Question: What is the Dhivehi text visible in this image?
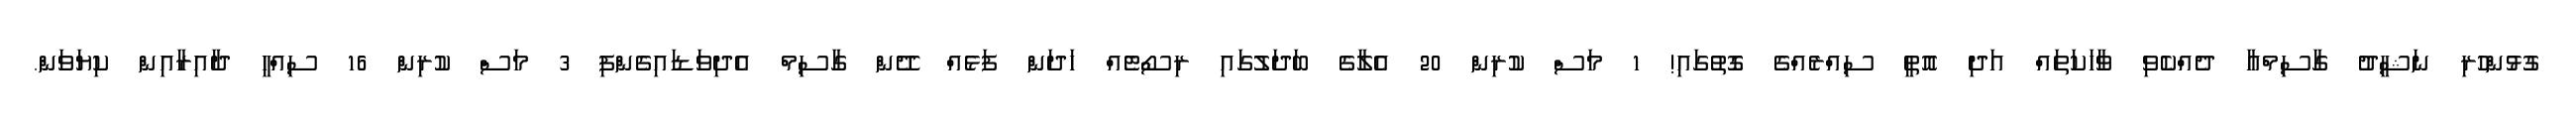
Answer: ގުޅުންހުރި ނަޝީދު ގާސިމްއާ ދެއްކެވި ވާހަކަތައް އަދި އޮތީ ސިއްރެއްގެ ގޮތުގައި! 1 މަސް ކުރިން 20 އެލާގެ ބަދަލުގައި ރިސޯޓެއް ހަދަން ފަޅެއް ދޭން ގާސިމް އެދިވަޑައިގެންފި 3 މަސް ކުރިން 16 ސިއްހީ ދާއިރާއިން ކިޔަވަން.